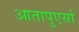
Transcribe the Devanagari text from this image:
आतापुएर्सा